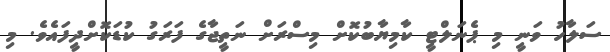
ސަލާހު ވަނީ މި ޕެނަލްޓީ ކާމިޔާބުކޮށް މިސްރަށް ނަތީޖާގެ ފަރަގު ކުޑަކޮށްދީފައެވެ. މި